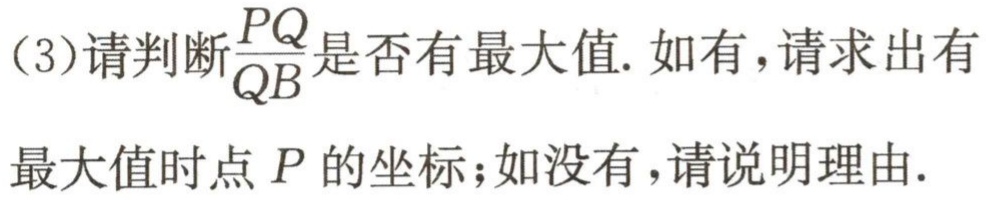
(3)请判断$\frac{PQ}{QB}$是否有最大值. 如有,请求出有
最大值时点$P$的坐标;如没有,请说明理由.